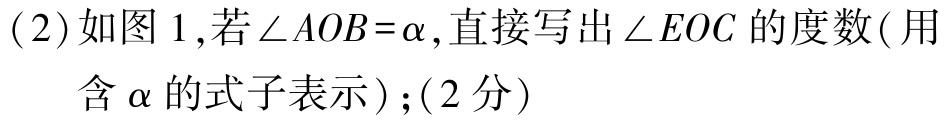
(2)如图 1,若$\angle AOB = \alpha$,直接写出$\angle EOC$的度数(用含$\alpha$的式子表示);(2分)